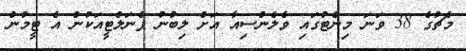
މެޗުގެ 38 ވަނަ މިނެޓުގައި ވެލެންސިއާ އަށް ލިބުނު ޕެނަލްޓީއަކުން އެ ޓީމުން